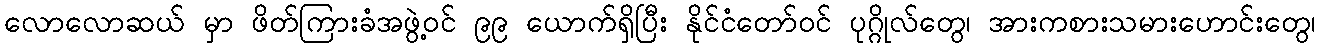
လောလောဆယ် မှာ ဖိတ်ကြားခံအဖွဲ့ဝင် ၉၉ ယောက်ရှိပြီး နိုင်ငံတော်ဝင် ပုဂ္ဂိုလ်တွေ၊ အားကစားသမားဟောင်းတွေ၊